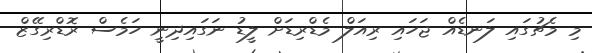
މި މެޗުގައި ލަނޑެއް ޖަހައި ރިއަލް މެޑްރިޑަށް ލީޑު ނަގައިދިނީ ހަމެސް ރޮޑްރިގޭޒް